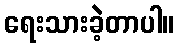
ရေးသားခဲ့တာပါ။